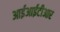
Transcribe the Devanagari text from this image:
आईआईटीआर